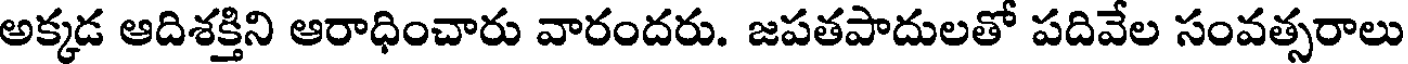
అక్కడ ఆదిశక్తిని ఆరాధించారు వారందరు. జపతపాదులతో పదివేల సంవత్సరాలు